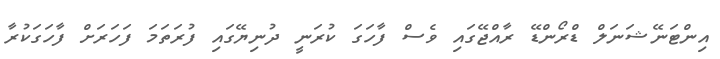
އިންޓަނޭޝަނަލް ޑްރޯންޑޭ ރާއްޖޭގައި ވެސް ފާހަގަ ކުރަނީ ދުނިޔޭގައި ފުރަތަމަ ފަހަރަށް ފާހަގަކުރާ